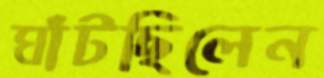
ঘাঁটছিলেন